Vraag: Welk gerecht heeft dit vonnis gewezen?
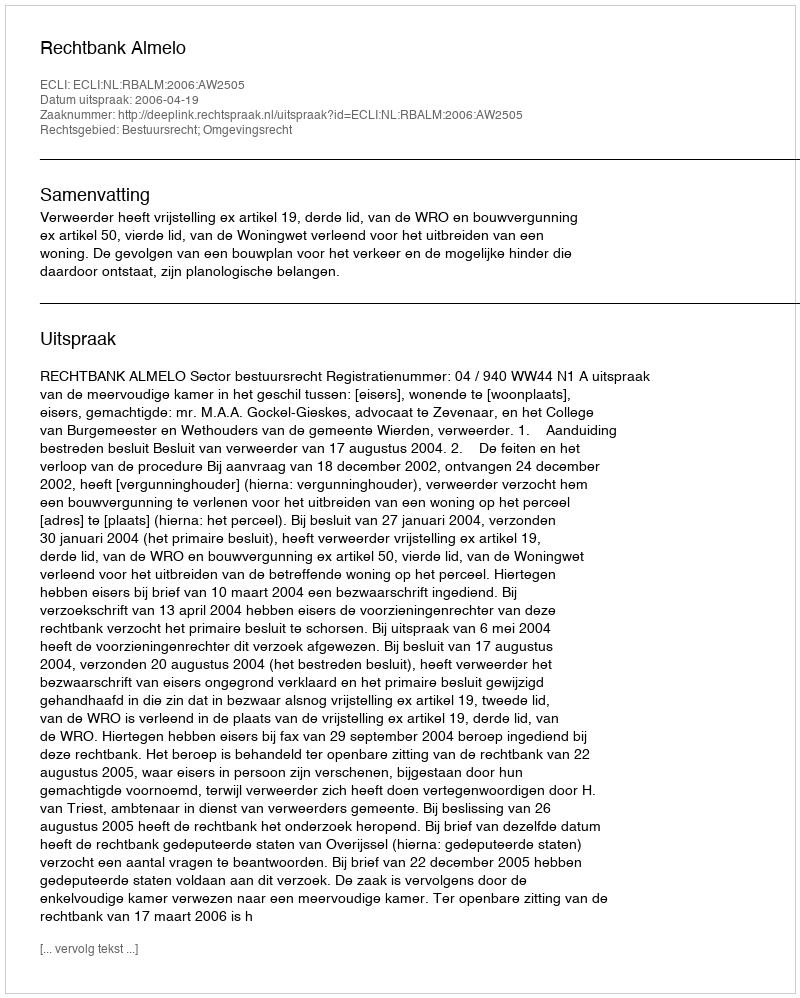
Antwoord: Rechtbank Almelo